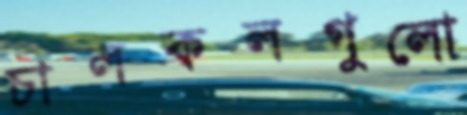
চালকলগুলো